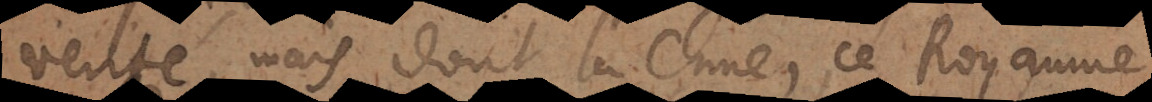
verité, mais dont la Chine, ce Royaume